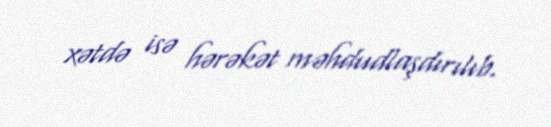
xətdə isə hərəkət məhdudlaşdırılıb.